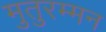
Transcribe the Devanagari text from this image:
मुतुरम्मन